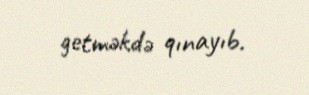
getməkdə qınayıb.